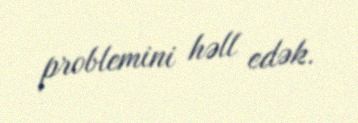
problemini həll edək.